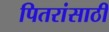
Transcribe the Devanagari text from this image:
पितरांसाठी